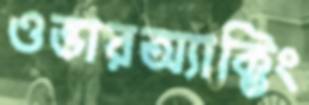
ওভারঅ্যাক্টিং